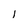
Character: 1